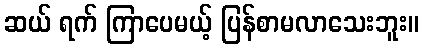
ဆယ် ရက် ကြာပေမယ့် ပြန်စာမလာသေးဘူး။